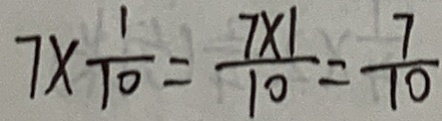
7 \times \frac { 1 } { 1 0 } = \frac { 7 \times 1 } { 1 0 } = \frac { 7 } { 1 0 }